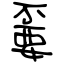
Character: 嫑